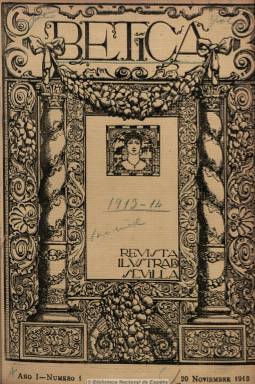
Título: Bética (Sevilla)
Colección: Cultura
Ámbito geográfico: Sevilla
Lugar de publicación: Sevilla
Fechas: 20/11/1913-15/09/1916

Se trata de una “revista ilustrada”, que aparece en 1913 con una periodicidad quincenal y números de unas 40 páginas y que posteriormente reducirá su frecuencia a mensual, aumentando su paginación, y que incluirá una cubierta a varias tintas. Es considerada exponente del regionalismo y la principal revista del andalucismo de la época, hasta su cierre en 1917. Fruto de un grupo de intelectuales calificados de regeneracionistas vinculados al Ateneo de Sevilla, será editada como vehículo de expresión y difusión de lo que consideran un renacimiento de la “verdadera” Andalucía. Su aparición será estimulada por escritores andaluces como Francisco Rodríguez Marín, Mario Méndez Bejarano, los hermanos Serafín y Joaquín Álvarez Quintero y Ricardo de León, pero también por Salvador Rueda, Gabriel Maura y Gamazo, Armando Palacio y Valdés y Francisco Cambó.

Será dirigida por Félix Sánchez-Blanco, al que después se le sumará, como subdirector, Félix Sánchez-Blanco y Pardo. Su administrador es Felipe Cortines y Murube, y posteriormente  aparecen Santiago Martínez y Martín, como redactor jefe artístico, y Javier Lasso de la Vega, como redactor jefe literario.

Se trata de un producto editorial que ha sido calificado de un “culturalismo burgués, moderado y elitista”, que se considera asimismo como una revista dedicada “principalmente a la literatura, el arte y la vida social contemporánea”. La reseña de los encabezados de sus diversas secciones ofrece una idea de sus variados contenidos, pues junto a la publicación de una serie de artículos doctrinales bajo el epígrafe “Acerca del ideal andaluz”, sus textos serán artículos, crónicas o reportajes sobre literatura, vida económica, vida andaluza, vida cultural, vida del campo, vida hispano-americana, bellas artes (pintura, música, arquitectura), industria, agricultura, historia, antropología, viajes, espectáculos (teatro), bibliografía, hasta alcanzar contenidos propios de los magazines, como actualidades gráficas, viajes, una página que titula “Femeninas”, y otras sobre modas, deportes (fútbol, esquí) y toros. Todos ellos ilustrados con grabados, dibujos y fotografías, También incluirá textos de creación literaria, tanto en prosa como en verso y dará cuenta de la actividad del propio Ateneo sevillano.

Además de aparecer textos firmados por algunos de los ya citados, aparecen otros de Joaquín Hazañas y la Rua, Ángel María Camacho, Joaquín González Verger o Alejandro Guichot. Jacobo Cortines Torres publicó en 1971 su índice bibliográfico.